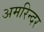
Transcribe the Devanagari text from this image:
अमरिन्दर